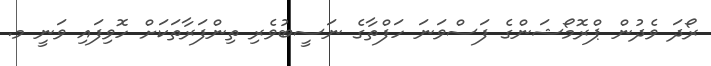
ރޯދަ ވެދުން ޕްރޮމޯޝަންގެ ފަސްވަނަ ހަފްތާގެ ނަސީބުވެރި ތިންފަރާތަކަށް ހޮވިފައި ވަނީ މ.